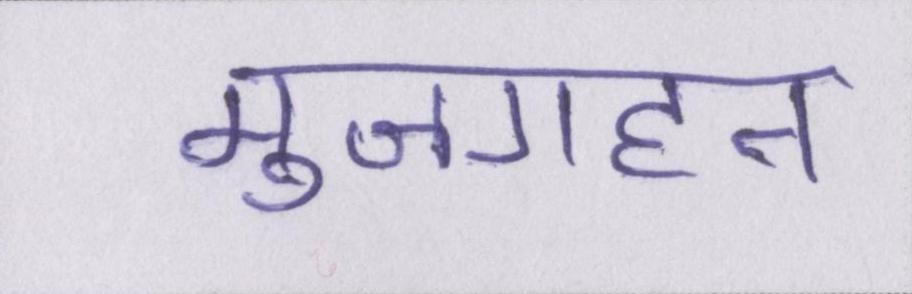
मुजगहन